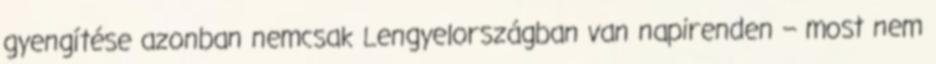
gyengítése azonban nemcsak Lengyelországban van napirenden – most nem